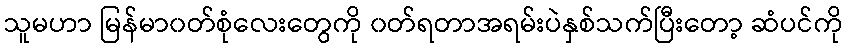
သူမဟာ မြန်မာ၀တ်စုံလေးတွေကို ၀တ်ရတာအရမ်းပဲနှစ်သက်ပြီးတော့ ဆံပင်ကို